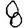
Digit: 8